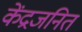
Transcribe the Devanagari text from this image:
केंद्रजनित